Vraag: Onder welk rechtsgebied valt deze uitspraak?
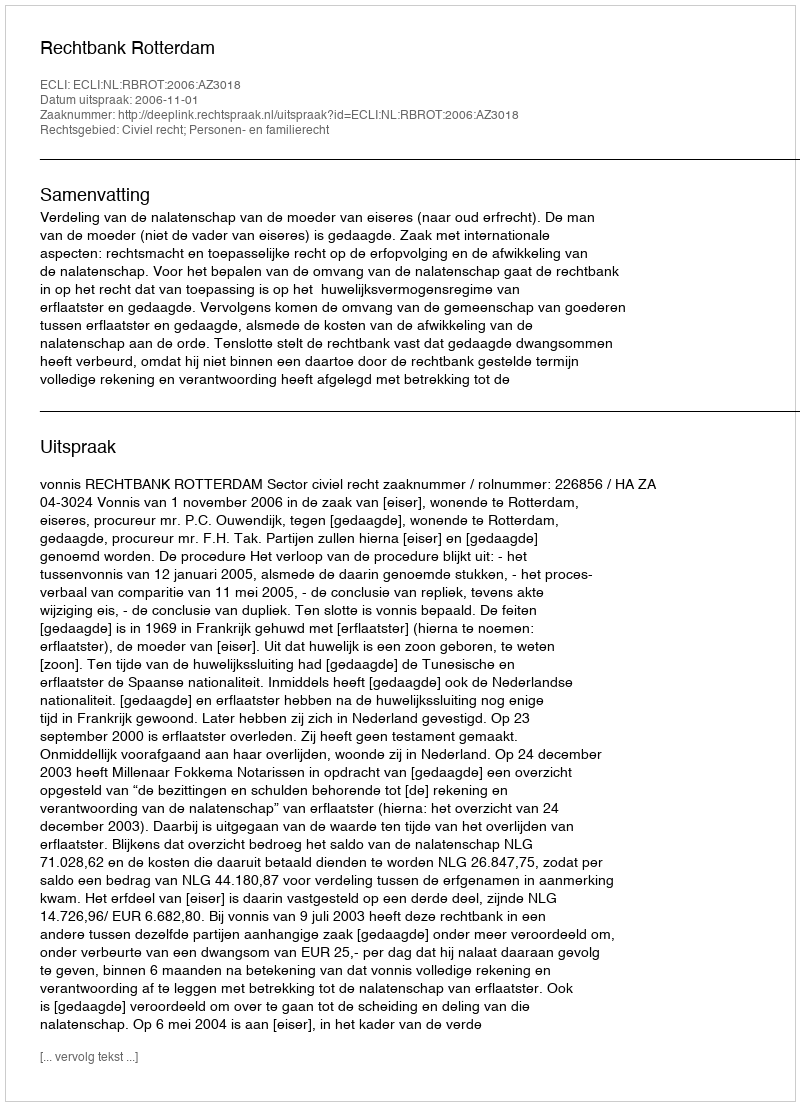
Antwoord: Civiel recht; Personen- en familierecht